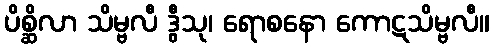
ပိစ္ဆိလာ သိမ္ဗလီ ဒွီသု၊ ရောစနော ကောဋသိမ္ဗလီ။